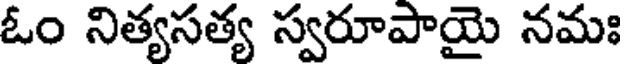
ఓం నిత్యసత్య స్వరూపాయై నమః